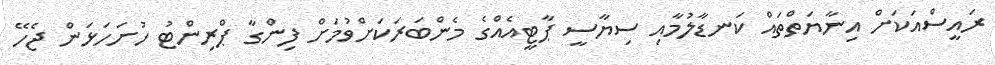
ރައީސްއަކަށް އިނާޔަތްތައް ކަނޑާލުމާއި ސިޔާސީ ޕާޓީއެއްގެ މެންބަރަކަށްވުމަށް ފިންގާ ޕްރިންޓު ހުށަހަޅަން ޖެހޭ